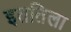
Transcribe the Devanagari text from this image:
इततिला